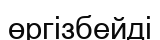
өргізбейді